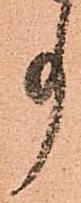
事